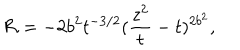
LaTeX: { \cal R } = - 2 b ^ { 2 } t ^ { - 3 / 2 } ( \frac { z ^ { 2 } } { t } - t ) ^ { 2 b ^ { 2 } } ,